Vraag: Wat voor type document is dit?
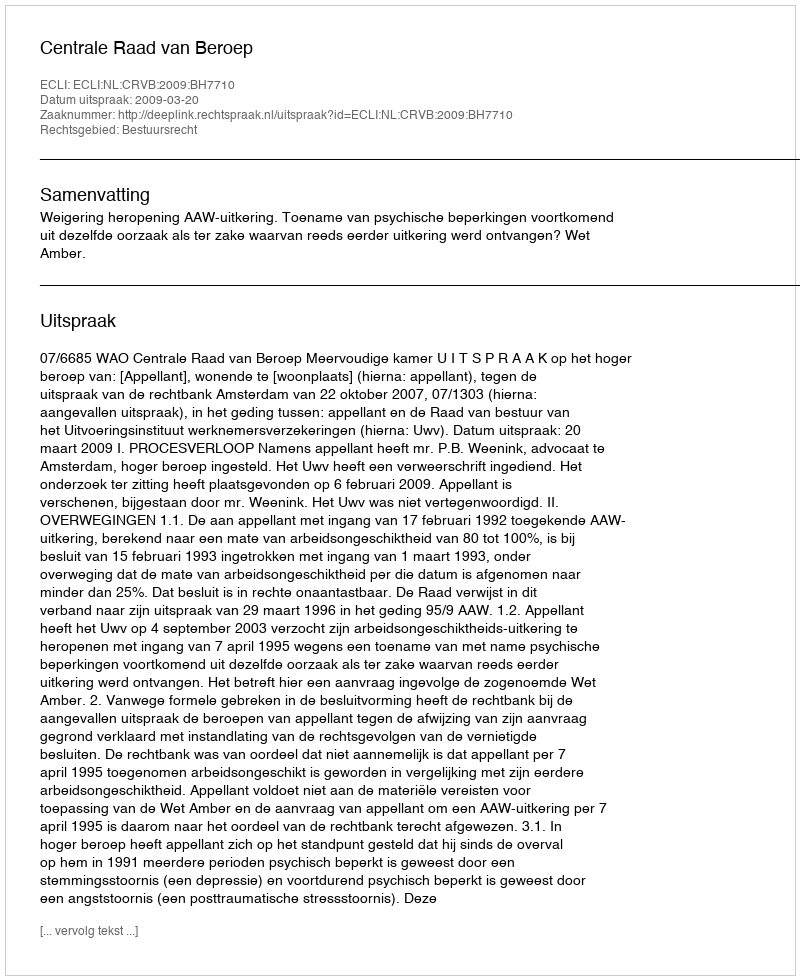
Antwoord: Uitspraak